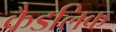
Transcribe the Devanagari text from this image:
कैडलिक